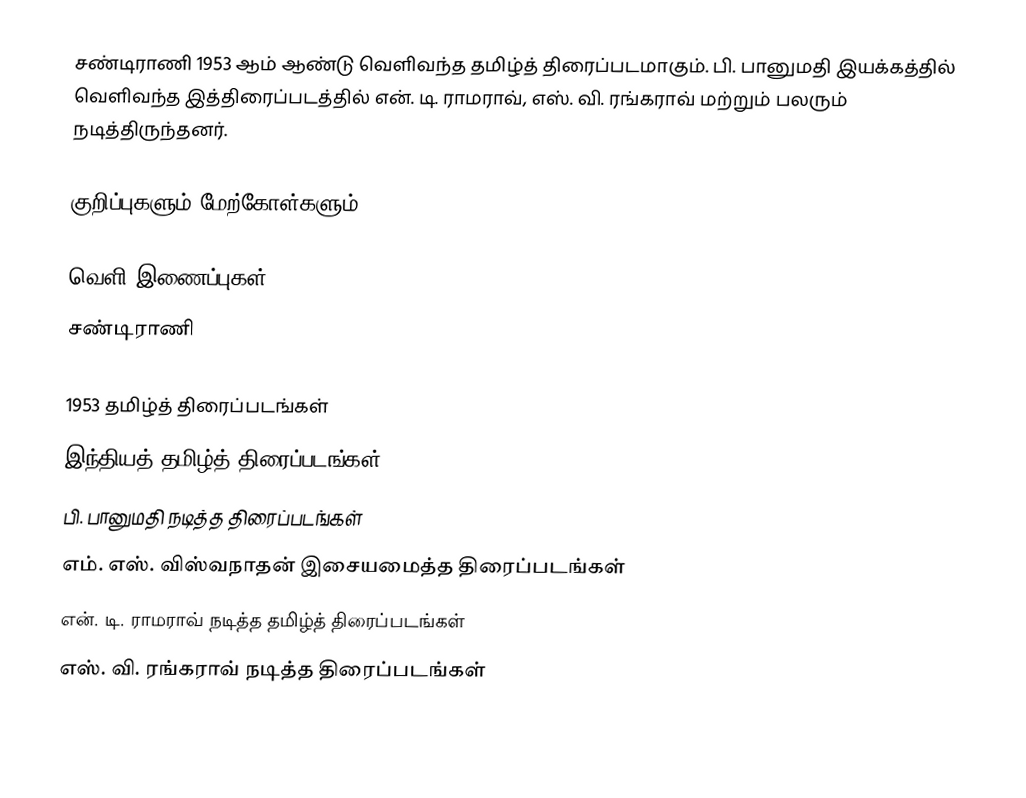
சண்டிராணி 1953 ஆம் ஆண்டு வெளிவந்த தமிழ்த் திரைப்படமாகும். பி. பானுமதி இயக்கத்தில் வெளிவந்த இத்திரைப்படத்தில் என். டி. ராமராவ், எஸ். வி. ரங்கராவ் மற்றும் பலரும் நடித்திருந்தனர்.

குறிப்புகளும் மேற்கோள்களும்

வெளி இணைப்புகள்
 சண்டிராணி

1953 தமிழ்த் திரைப்படங்கள்
இந்தியத் தமிழ்த் திரைப்படங்கள்
பி. பானுமதி நடித்த திரைப்படங்கள்
எம். எஸ். விஸ்வநாதன் இசையமைத்த திரைப்படங்கள்
என். டி. ராமராவ் நடித்த தமிழ்த் திரைப்படங்கள்
எஸ். வி. ரங்கராவ் நடித்த திரைப்படங்கள்